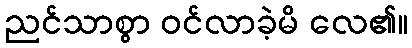
ညင်သာစွာ ဝင်လာခဲ့မိ လေ၏။